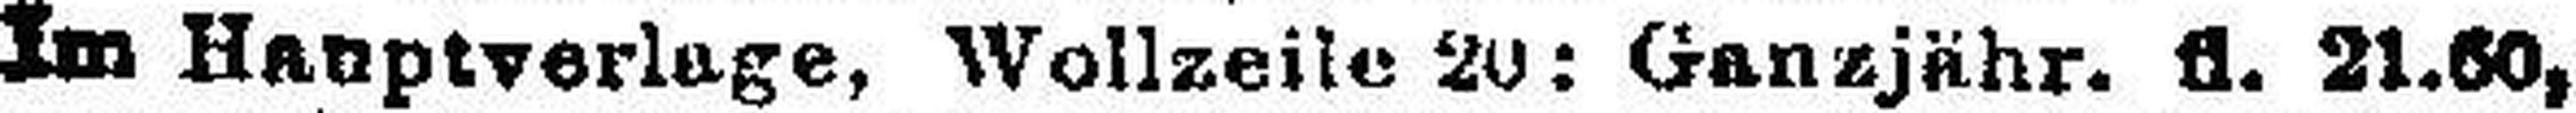
Im Hauptverlage, Wollzeile 20: Ganzjähr. fl. 21.60,